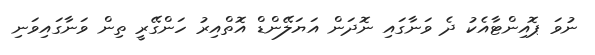
ނުވަ ޕޮއިންޓާއެކު ދެ ވަނާގައި ނޮދަން އަޔަލޭންޑް އޮތްއިރު ހަންގޭރީ ތިން ވަނާގައިވަނި